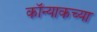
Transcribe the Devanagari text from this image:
कॉन्याकच्या